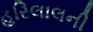
હરિલાલની